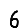
Digit: 6